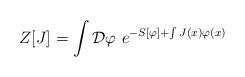
LaTeX: \begin{align*}Z[J]= \int{\cal D}\varphi\ e^{-S[\varphi]+ \int J(x)\varphi(x)}\end{align*}